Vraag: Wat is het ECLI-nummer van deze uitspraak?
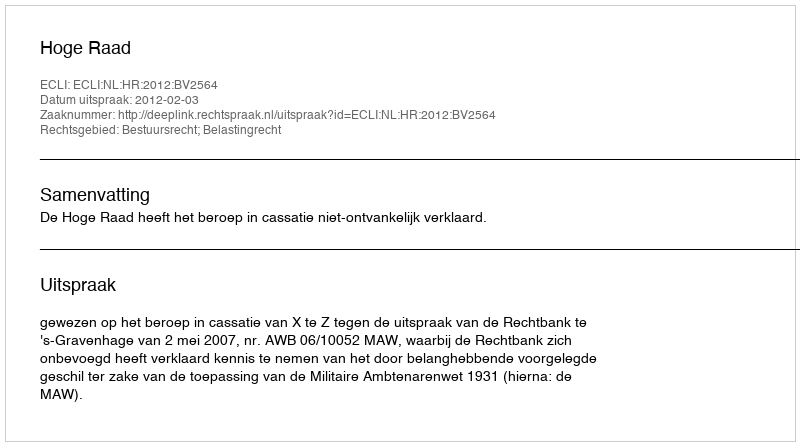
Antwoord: ECLI:NL:HR:2012:BV2564